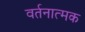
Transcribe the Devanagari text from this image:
वर्तनात्मक